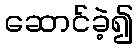
ဆောင်ခဲ့၍